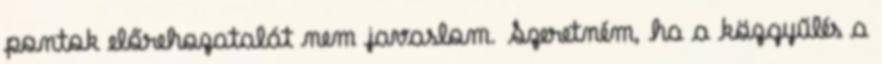
pontok előrehozatalát nem javaslom. Szeretném, ha a közgyűlés a